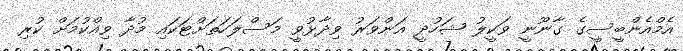
އެމްއެންބީސީގެ ގާނޫނީ ވަކީލު ޝަހުދީ އަންވަރު ވިދާޅުވީ މަސްލަހަތަށްޓަކައި މުދާ ވިއްކުމަށް ކުރި